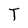
Character: T